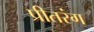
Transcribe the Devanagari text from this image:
प्रीतरंग